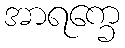
အာရက္ခေ